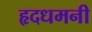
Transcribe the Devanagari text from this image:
हृदधमनी